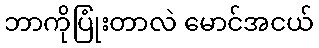
ဘာကိုပြုံးတာလဲ မောင်အငယ်